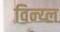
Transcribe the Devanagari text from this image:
विन्य्ल